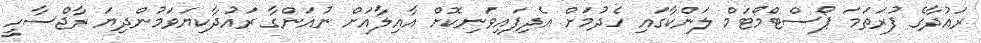
ރައުދާގެ ފުރަތަމަ ޕޯސްޓްމޯޓަމް ލަންކާގައި ހެދުމަށް އެދިފައިވަނިކޮށް އާއިލާއަށް ނުއަންގާ ރައުދާކިޔަވަމުންދިޔަ ރާޖްސާހީ